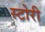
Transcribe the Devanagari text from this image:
स्‍टोरी